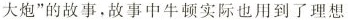
大炮”的故事，故事中牛顿实际也用到了理想